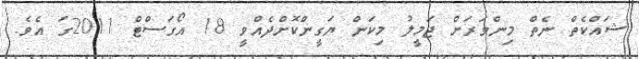
ޝައްކެތް ނެތް މިންވަރަށް ޖަމީލު މިކަން ޔަގީންކޮށްދެއްވީ 18 އޯގަސްޓް 2011ގަ އެވެ.